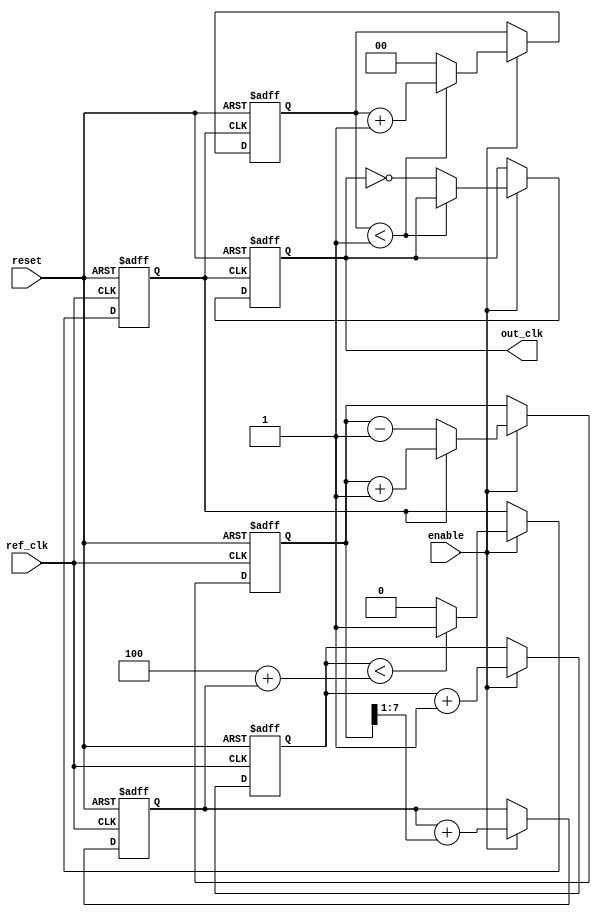
module parameterized_PLL #(
    parameter PARAM_M = 4,  // Multiplication factor
    parameter PARAM_N = 2,  // Division factor
    parameter PARAM_BW = 8   // Bandwidth of the loop filter
)(
    input wire ref_clk,      // Reference clock
    input wire reset,        // Active high reset
    input wire enable,       // Enable signal
    output reg out_clk       // Output clock
);

    // Internal signals
    reg [PARAM_BW-1:0] phase_error; // Phase error signal
    reg [PARAM_BW-1:0] loop_filter;  // Loop filter output
    reg [PARAM_M-1:0] vco_counter;    // VCO counter
    reg vco_clk;                      // VCO clock signal
    reg [PARAM_N-1:0] feedback_counter; // Feedback counter

    // Phase Detector (PD)
    always @(posedge ref_clk or posedge reset) begin
        if (reset) begin
            phase_error <= 0;
        end else if (enable) begin
            // Simple phase detection logic (for demonstration)
            if (vco_clk) begin
                phase_error <= phase_error + 1; // Increment error if VCO clock is high
            end else begin
                phase_error <= phase_error - 1; // Decrement error if VCO clock is low
            end
        end
    end

    // Loop Filter
    always @(posedge ref_clk or posedge reset) begin
        if (reset) begin
            loop_filter <= 0;
        end else if (enable) begin
            // Simple first-order loop filter (for demonstration)
            loop_filter <= loop_filter + (phase_error >> 1); // Adjust filter response
        end
    end

    // Voltage-Controlled Oscillator (VCO)
    always @(posedge ref_clk or posedge reset) begin
        if (reset) begin
            vco_counter <= 0;
            vco_clk <= 0;
        end else if (enable) begin
            // VCO frequency control based on loop filter
            if (vco_counter < (PARAM_M + loop_filter)) begin
                vco_clk <= 1;
            end else begin
                vco_clk <= 0;
            end
            vco_counter <= vco_counter + 1;
        end
    end

    // Output Clock Generation
    always @(posedge vco_clk or posedge reset) begin
        if (reset) begin
            feedback_counter <= 0;
            out_clk <= 0;
        end else if (enable) begin
            if (feedback_counter < (PARAM_N - 1)) begin
                feedback_counter <= feedback_counter + 1;
            end else begin
                out_clk <= ~out_clk; // Toggle output clock
                feedback_counter <= 0; // Reset feedback counter
            end
        end
    end

endmodule